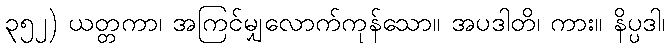
၃၅၂) ယတ္တကာ၊ အကြင်မျှလောက်ကုန်သော။ အပဒါတိ၊ ကား။ နိပ္ပဒါ၊